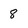
Character: 8